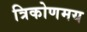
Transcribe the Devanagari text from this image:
त्रिकोणमय